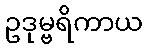
ဥဒုမ္ဗရိကာယ